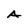
Character: A